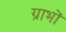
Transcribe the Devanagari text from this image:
ग्राभों